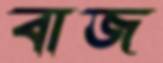
বাজ